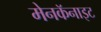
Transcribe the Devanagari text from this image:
मेनकॅनाइट